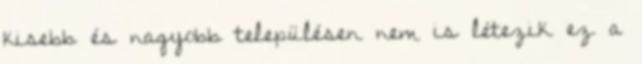
kisebb és nagyobb településen nem is létezik ez a